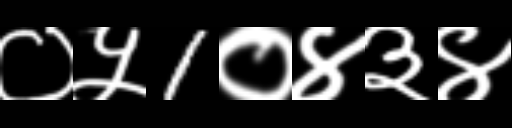
Text: ०५1०४३४